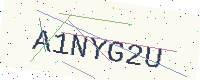
Text: A1NYG2U